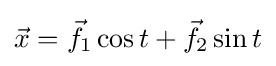
{\textstyle {\vec {x}}={\vec {f}}_{1}\cos t+{\vec {f}}_{2}\sin t}